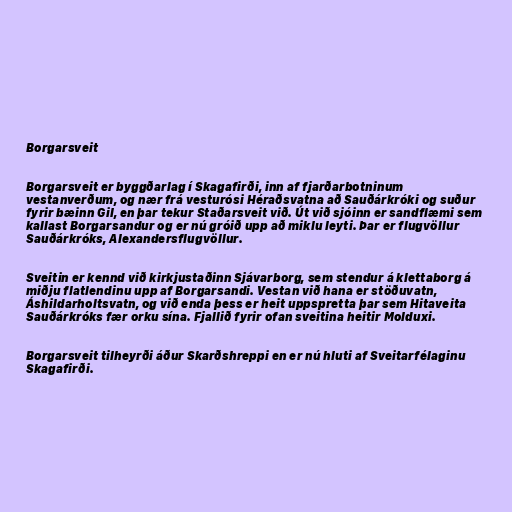
Borgarsveit

Borgarsveit er byggðarlag í Skagafirði, inn af fjarðarbotninum
vestanverðum, og nær frá vesturósi Héraðsvatna að Sauðárkróki og suður
fyrir bæinn Gil, en þar tekur Staðarsveit við. Út við sjóinn er sandflæmi sem
kallast Borgarsandur og er nú gróið upp að miklu leyti. Þar er flugvöllur
Sauðárkróks, Alexandersflugvöllur.

Sveitin er kennd við kirkjustaðinn Sjávarborg, sem stendur á klettaborg á
miðju flatlendinu upp af Borgarsandi. Vestan við hana er stöðuvatn,
Áshildarholtsvatn, og við enda þess er heit uppspretta þar sem Hitaveita
Sauðárkróks fær orku sína. Fjallið fyrir ofan sveitina heitir Molduxi.

Borgarsveit tilheyrði áður Skarðshreppi en er nú hluti af Sveitarfélaginu
Skagafirði.